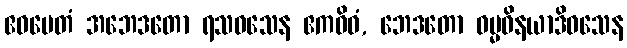
ဧဝမေတံ အဘေဒတော ရသဝသေန ဧကဝိဓံ, ဘေဒတော ဓမ္မဝိနယာဒိဝသေန